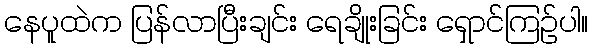
နေပူထဲက ပြန်လာပြီးချင်း ရေချိုးခြင်း ရှောင်ကြဉ်ပါ။